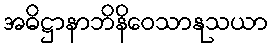
အဓိဋ္ဌာနာဘိနိဝေသာနုသယာ